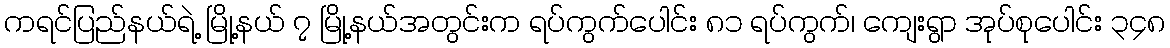
ကရင်ပြည်နယ်ရဲ့ မြို့နယ် ၇ မြို့နယ်အတွင်းက ရပ်ကွက်ပေါင်း ၈၁ ရပ်ကွက်၊ ကျေးရွာ အုပ်စုပေါင်း ၃၄၈